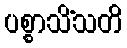
ပစ္စာသိံသတိ